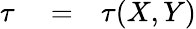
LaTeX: \begin{array}{rlr}{\tau}&{{}=}&{\tau(X,Y)}\end{array}